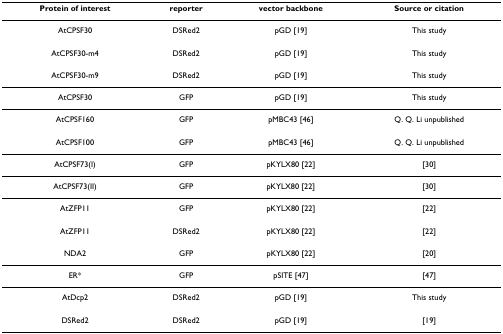
<table><thead><tr><td><b>Protein of interest</b></td><td><b>reporter</b></td><td><b>vector backbone</b></td><td><b>Source or citation</b></td></tr></thead><tbody><tr><td>AtCPSF30</td><td>DSRed2</td><td>pGD [19]</td><td>This study</td></tr><tr><td>AtCPSF30-m4</td><td>DSRed2</td><td>pGD [19]</td><td>This study</td></tr><tr><td>AtCPSF30-m9</td><td>DSRed2</td><td>pGD [19]</td><td>This study</td></tr><tr><td>AtCPSF30</td><td>GFP</td><td>pGD [19]</td><td>This study</td></tr><tr><td>AtCPSF160</td><td>GFP</td><td>pMBC43 [46]</td><td>Q. Q. Li unpublished</td></tr><tr><td>AtCPSF100</td><td>GFP</td><td>pMBC43 [46]</td><td>Q. Q. Li unpublished</td></tr><tr><td>AtCPSF73(I)</td><td>GFP</td><td>pKYLX80 [22]</td><td>[30]</td></tr><tr><td>AtCPSF73(II)</td><td>GFP</td><td>pKYLX80 [22]</td><td>[30]</td></tr><tr><td>AtZFP11</td><td>GFP</td><td>pKYLX80 [22]</td><td>[22]</td></tr><tr><td>AtZFP11</td><td>DSRed2</td><td>pKYLX80 [22]</td><td>[22]</td></tr><tr><td>NDA2</td><td>GFP</td><td>pKYLX80 [22]</td><td>[20]</td></tr><tr><td>ER*</td><td>GFP</td><td>pSITE [47]</td><td>[47]</td></tr><tr><td>AtDcp2</td><td>DSRed2</td><td>pGD [19]</td><td>This study</td></tr><tr><td>DSRed2</td><td>DSRed2</td><td>pGD [19]</td><td>[19]</td></tr></tbody></table>